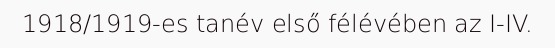
1918/1919-es tanév első félévében az I-IV.